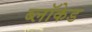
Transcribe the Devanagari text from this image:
ब्लॉकेड